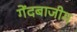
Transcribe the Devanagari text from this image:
गेंदबाजीम